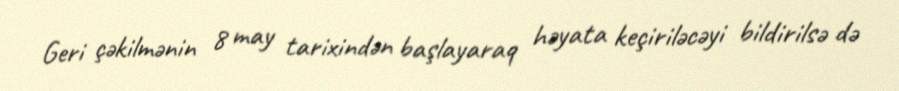
Geri çəkilmənin 8 may tarixindən başlayaraq həyata keçiriləcəyi bildirilsə də